Vaccination in Burma 1920-1933 - 1920-1933
Year: 1920
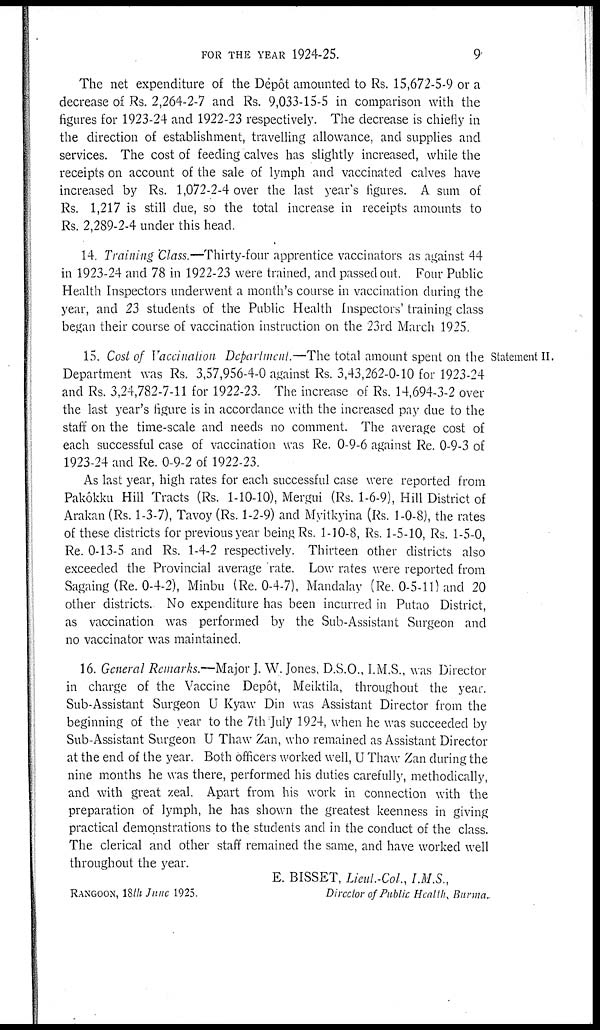
FOR THE YEAR 1924-25.
9
The net expenditure of the Depôt amounted to Rs. 15,672-5-9 or a
decrease of Rs. 2,264-2-7 and Rs. 9,033-15-5 in comparison with the
figures for 1923-24 and 1922-23 respectively. The decrease is chiefly in
the direction of establishment, travelling allowance, and supplies and
services. The cost of feeding calves has slightly increased, while the
receipts on account of the sale of lymph and vaccinated calves have
increased by Rs. 1,072-2-4 over the last year's figures. A sum of
Rs. 1,217 is still due, so the total increase in receipts amounts to
Rs. 2,289-2-4 under this head.
14. Training Class.—Thirty-four apprentice vaccinators as against 44
in 1923-24 and 78 in 1922-23 were trained, and passed out. Four Public
Health Inspectors underwent a month's course in vaccination during the
year, and 23 students of the Public Health Inspectors' training class
began their course of vaccination instruction on the 23rd March 1925.
Statement II.
15. Cost of Vaccination Department.—The total amount spent on the
Department was Rs. 3,57,956-4-0 against Rs. 3,43,262-0-10 for 1923-24
and Rs. 3,24,782-7-11 for 1922-23. The increase of Rs. 14,694-3-2 over
the last year's figure is in accordance with the increased pay due to the
staff on the time-scale and needs no comment. The average cost of
each successful case of vaccination was Re. 0-9-6 against Re. 0-9-3 of
1923-24 and Re. 0-9-2 of 1922-23.
As last year, high rates for each successful case were reported from
Pakôkku Hill Tracts (Rs. 1-10-10), Mergui (Rs. 1-6-9), Hill District of
Arakan (Rs. 1-3-7), Tavoy (Rs. 1-2-9) and Myitkyina (Rs. 1-0-8), the rates
of these districts for previous year being Rs. 1-10-8, Rs. 1-5-10, Rs. 1-5-0,
Re. 0-13-5 and Rs. 1-4-2 respectively. Thirteen other districts also
exceeded the Provincial average rate. Low rates were reported from
Sagaing (Re. 0-4-2), Minbu (Re. 0-4-7), Mandalay (Re. 0-5-11) and 20
other districts. No expenditure has been incurred in Putao District,
as vaccination was performed by the Sub-Assistant Surgeon and
no vaccinator was maintained.
16. General Remarks.—Major J. W. Jones, D.S.O., I.M.S., was Director
in charge of the Vaccine Depôt, Meiktila, throughout the year.
Sub-Assistant Surgeon U Kyaw Din was Assistant Director from the
beginning of the year to the 7th July 1924, when he was succeeded by
Sub-Assistant Surgeon U Thaw Zan, who remained as Assistant Director
at the end of the year. Both officers worked well, U Thaw Zan during the
nine months he was there, performed his duties carefully, methodically,
and with great zeal. Apart from his work in connection with the
preparation of lymph, he has shown the greatest keenness in giving
practical demonstrations to the students and in the conduct of the class.
The clerical and other staff remained the same, and have worked well
throughout the year.
E. BISSET, Lieul.-Col., I.M.S.,
RANGOON, 18th June 1925.
Director of Public Health, Barma.